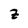
Character: Z